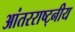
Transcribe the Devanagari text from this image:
आंतरराष्ट्नीय